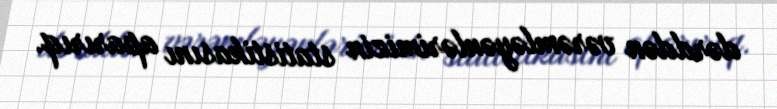
dərddən vərəmləyənlərimizin statistikasını aparırıq.